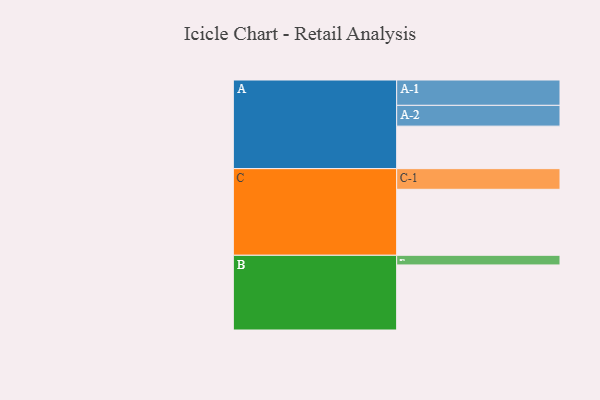
{"axis": {"x": "Segment", "y": "Value"}, "legend": ["", "A", "B", "C"], "data": [{"x": "A", "y": 317, "type": ""}, {"x": "B", "y": 485, "type": ""}, {"x": "C", "y": 492, "type": ""}, {"x": "A-1", "y": 189, "type": "A"}, {"x": "A-2", "y": 155, "type": "A"}, {"x": "B-1", "y": 72, "type": "B"}, {"x": "C-1", "y": 154, "type": "C"}]}